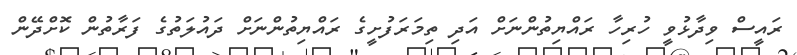
ރައީސް ވިދާޅުވީ ހުރިހާ ރައްޔިތުންނަށް އަދި ތިމަރަފުށީގެ ރައްޔިތުންނަށް ދައުލަތުގެ ފަރާތުން ކޮށްދޭން